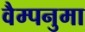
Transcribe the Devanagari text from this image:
वैम्पनुमा